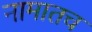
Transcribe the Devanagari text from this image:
नामातच